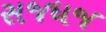
સજધજ